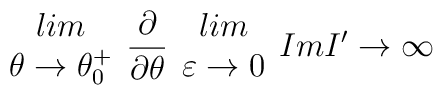
\begin{array}{c}lim\\\theta \rightarrow \theta ^{+}_{0}\end{array}\frac{\partial }{\partial \theta }\begin{array}{c}lim\\\varepsilon \rightarrow 0\end{array}ImI'\rightarrow \infty